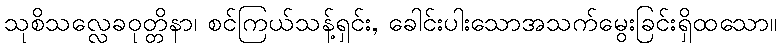
သုစိသလ္လေခဝုတ္တိနာ၊ စင်ကြယ်သန့်ရှင်း, ခေါင်းပါးသောအသက်မွေးခြင်းရှိထသော။